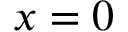
x = 0